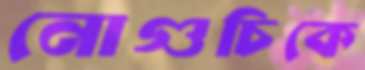
নোগুচিকে